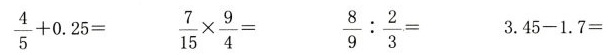
$$\frac { 4 } { 5 } + 0 . 2 5 =$$ $$\frac { 7 } { 1 5 } \times \frac { 9 } { 4 } =$$ $$\frac { 8 } { 9 } : \frac { 2 } { 3 } =$$